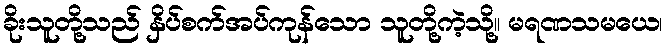
ခိုးသူတို့သည် နှိပ်စက်အပ်ကုန်သော သူတို့ကဲ့သို့။ မရဏသမယေ၊